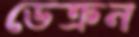
ডেক্রন